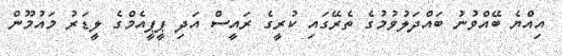
އިއްޔެ ބޭއްވުނު ބައްދަލުވުމުގެ ތެރޭގައި ކުރީގެ ރައީސް އަދި ޕީޕީއެމްގެ ލީޑަރު މައުމޫން